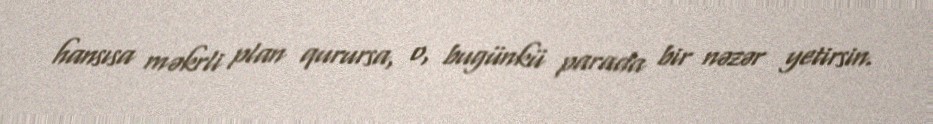
hansısa məkrli plan qurursa, o, bugünkü parada bir nəzər yetirsin.